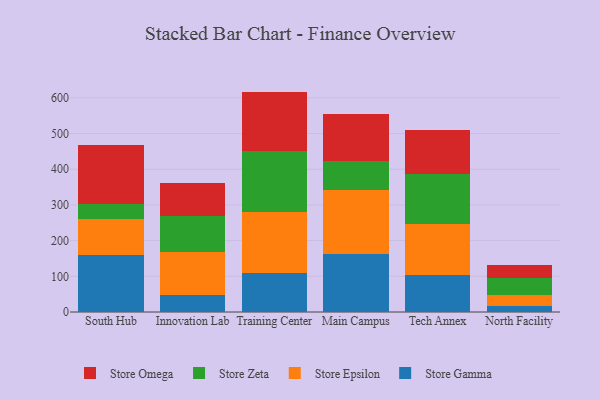
{"axis": {"x": "Campus", "y": "Net Income (USD K)"}, "legend": ["Store Epsilon", "Store Gamma", "Store Omega", "Store Zeta"], "data": [{"x": "South Hub", "y": 158.5, "type": "Store Gamma"}, {"x": "South Hub", "y": 100.6, "type": "Store Epsilon"}, {"x": "South Hub", "y": 43.9, "type": "Store Zeta"}, {"x": "South Hub", "y": 165.0, "type": "Store Omega"}, {"x": "Innovation Lab", "y": 48.9, "type": "Store Gamma"}, {"x": "Innovation Lab", "y": 118.6, "type": "Store Epsilon"}, {"x": "Innovation Lab", "y": 102.7, "type": "Store Zeta"}, {"x": "Innovation Lab", "y": 92.2, "type": "Store Omega"}, {"x": "Training Center", "y": 110.0, "type": "Store Gamma"}, {"x": "Training Center", "y": 169.3, "type": "Store Epsilon"}, {"x": "Training Center", "y": 172.5, "type": "Store Zeta"}, {"x": "Training Center", "y": 165.5, "type": "Store Omega"}, {"x": "Main Campus", "y": 163.5, "type": "Store Gamma"}, {"x": "Main Campus", "y": 177.2, "type": "Store Epsilon"}, {"x": "Main Campus", "y": 81.0, "type": "Store Zeta"}, {"x": "Main Campus", "y": 131.7, "type": "Store Omega"}, {"x": "Tech Annex", "y": 102.5, "type": "Store Gamma"}, {"x": "Tech Annex", "y": 144.4, "type": "Store Epsilon"}, {"x": "Tech Annex", "y": 139.1, "type": "Store Zeta"}, {"x": "Tech Annex", "y": 124.3, "type": "Store Omega"}, {"x": "North Facility", "y": 18.0, "type": "Store Gamma"}, {"x": "North Facility", "y": 28.4, "type": "Store Epsilon"}, {"x": "North Facility", "y": 49.4, "type": "Store Zeta"}, {"x": "North Facility", "y": 35.3, "type": "Store Omega"}]}